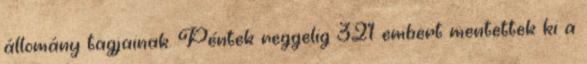
állomány tagjainak. Péntek reggelig 321 embert mentettek ki a